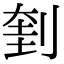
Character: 𠝥